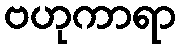
ဗဟုကာရာ